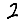
Digit: 2